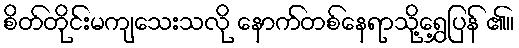
စိတ်တိုင်းမကျသေးသလို နောက်တစ်နေရာသို့ရွှေ့ပြန် ၏။